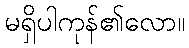
မရှိပါကုန်၏လော။